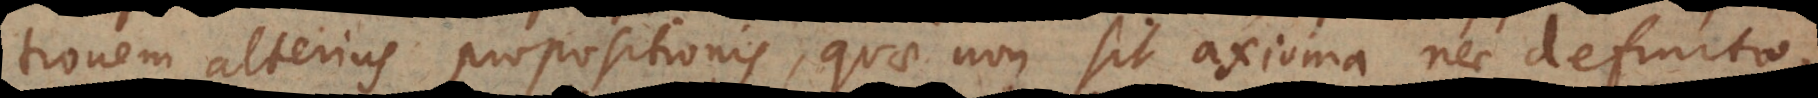
tionem alterius propositionis, quae non sit axioma nec definitio,